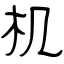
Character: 机